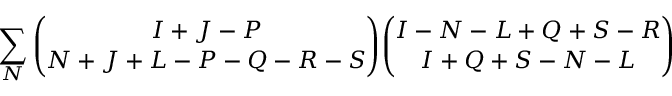
\sum _ { N } { \binom { I + J - P } { N + J + L - P - Q - R - S } } { \binom { I - N - L + Q + S - R } { I + Q + S - N - L } }